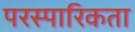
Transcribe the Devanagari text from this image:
परस्पारिकता